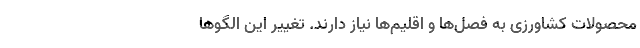
محصولات کشاورزی به فصل‌ها و اقلیم‌ها نیاز دارند. تغییر این الگوها